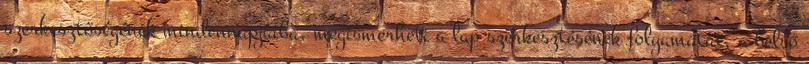
szerkesztőségének mindennapjaiba, megismerheti a lap szerkesztésének folyamatát, a belső